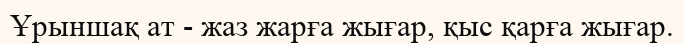
Ұрыншақ ат - жаз жарға жығар, қыс қарға жығар.